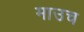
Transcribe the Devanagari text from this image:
माउच